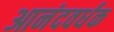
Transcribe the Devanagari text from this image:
आनंदवर्धक